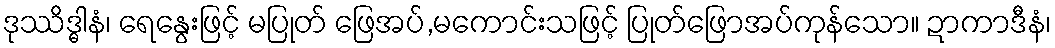
ဒုဿိဒ္ဓါနံ၊ ရေနွေးဖြင့် မပြုတ် ဖြေအပ်,မကောင်းသဖြင့် ပြုတ်ဖြောအပ်ကုန်သော။ ဍာကာဒီနံ၊